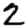
Digit: 2